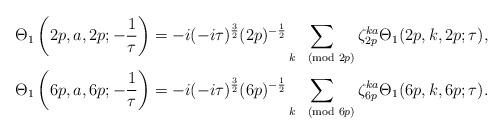
LaTeX: \begin{align*}\Theta_1\left(2p,a,2p;-\frac{1}{\tau}\right)&=-i(-i\tau)^\frac32 (2p)^{-\frac12}\sum_{k\pmod{2p}}\zeta_{2p}^{ka}\Theta_1(2p,k,2p;\tau),\\\Theta_1\left(6p,a,6p;-\frac{1}{\tau}\right)&=-i(-i\tau)^\frac32(6p)^{-\frac12}\sum_{k\pmod{6p}}\zeta_{6p}^{ka}\Theta_1(6p,k,6p;\tau).\end{align*}